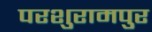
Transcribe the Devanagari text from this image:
परशुरामपुर